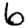
Digit: 6